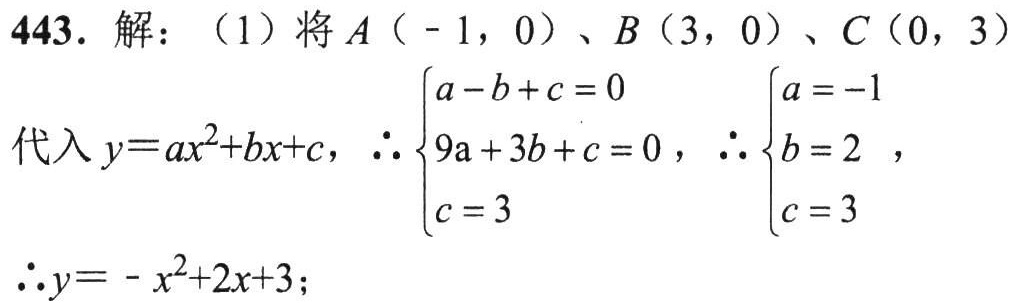
443. 解：（1）将\(A（ - 1,0）\)、\(B（3,0）\)、\(C（0,3）\)
代入\(y = ax^{2}+bx + c\)，\(\therefore\begin{cases}a - b + c = 0\\9a + 3b + c = 0\\c = 3\end{cases}\)，\(\therefore\begin{cases}a = - 1\\b = 2\\c = 3\end{cases}\)，
\(\therefore y=-x^{2}+2x + 3\)；